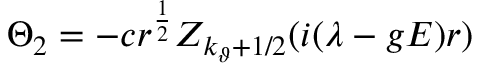
\Theta _ { 2 } = - c r ^ { \frac 1 2 } Z _ { k _ { \vartheta } + 1 / 2 } ( i ( \lambda - g E ) r )